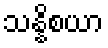
သန္နိစယာ